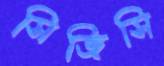
সিজিসি